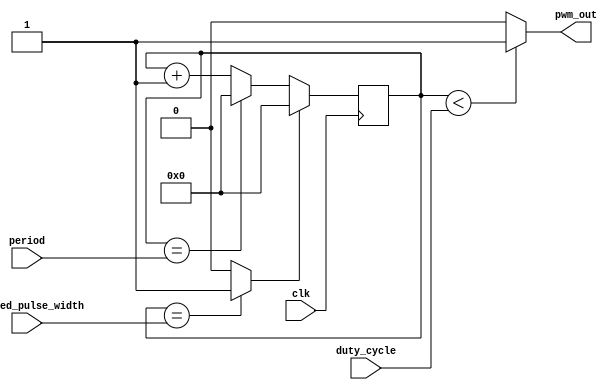
module pwm_timer(
    input wire clk,
    input wire [7:0] desired_pulse_width,
    input wire [15:0] period,
    input wire [7:0] duty_cycle,
    output wire pwm_out
);

reg [15:0] counter;
wire reset;

assign pwm_out = counter < duty_cycle ? 1'b1 : 1'b0;

always @(posedge clk) begin
    if (reset) begin
        counter <= 16'd0;
    end else begin
        if (counter == period) begin
            counter <= 16'd0;
        end else begin
            counter <= counter + 1;
        end
    end
end

assign reset = (counter == desired_pulse_width) ? 1'b1 : 1'b0;

endmodule